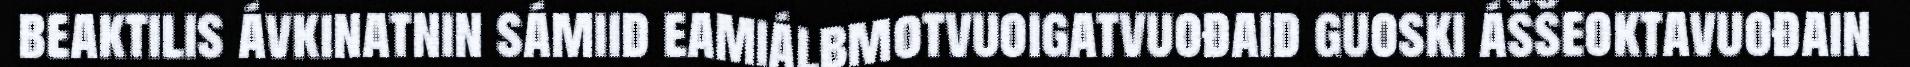
beaktilis ávkinatnin sámiid eamiálbmotvuoigatvuođaid guoski áššeoktavuođain